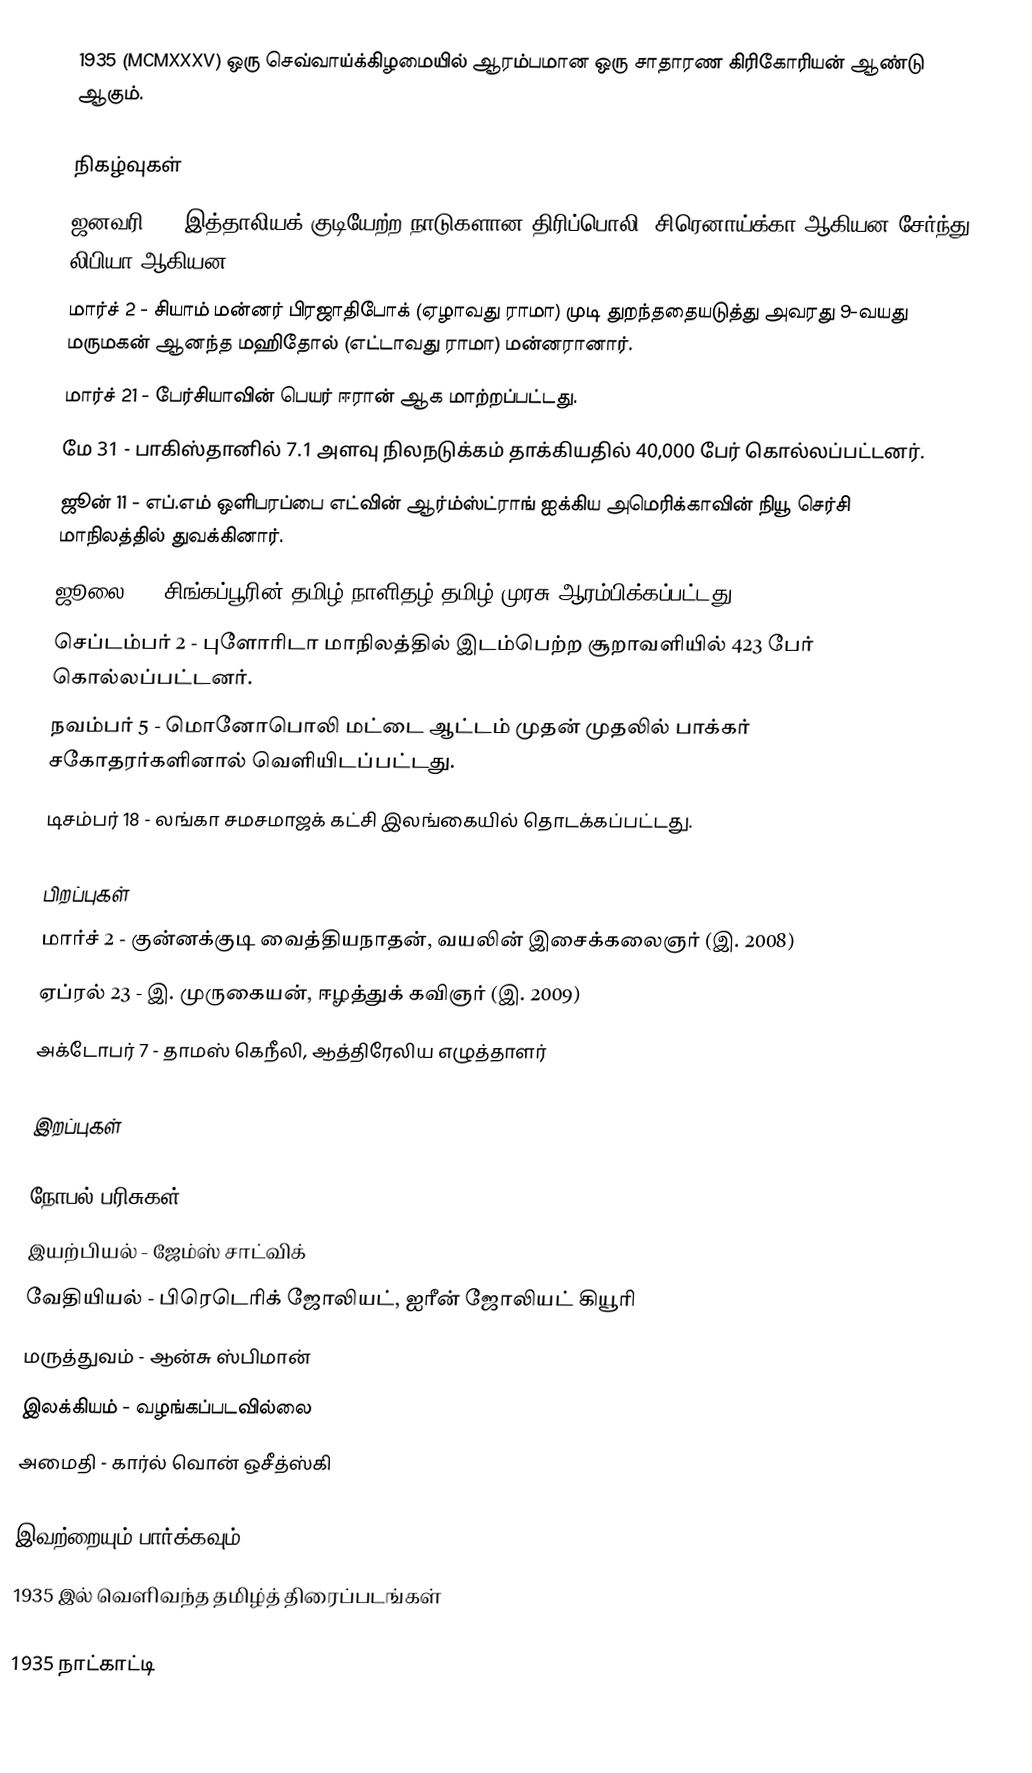
1935  (MCMXXXV) ஒரு செவ்வாய்க்கிழமையில் ஆரம்பமான ஒரு சாதாரண கிரிகோரியன் ஆண்டு ஆகும்.

நிகழ்வுகள்
 ஜனவரி 1 - இத்தாலியக் குடியேற்ற நாடுகளான திரிப்பொலி, சிரெனாய்க்கா ஆகியன சேர்ந்து லிபியா ஆகியன.
 மார்ச் 2 - சியாம் மன்னர் பிரஜாதிபோக் (ஏழாவது ராமா) முடி துறந்ததையடுத்து அவரது 9-வயது மருமகன் ஆனந்த மஹிதோல் (எட்டாவது ராமா) மன்னரானார்.
 மார்ச் 21 - பேர்சியாவின் பெயர் ஈரான் ஆக மாற்றப்பட்டது.
 மே 31 - பாகிஸ்தானில் 7.1 அளவு நிலநடுக்கம் தாக்கியதில் 40,000 பேர் கொல்லப்பட்டனர்.
 ஜூன் 11 - எப்.எம் ஒளிபரப்பை எட்வின் ஆர்ம்ஸ்ட்ராங் ஐக்கிய அமெரிக்காவின் நியூ செர்சி மாநிலத்தில் துவக்கினார்.
 ஜூலை 6 - சிங்கப்பூரின் தமிழ் நாளிதழ் தமிழ் முரசு ஆரம்பிக்கப்பட்டது.
 செப்டம்பர் 2 - புளோரிடா மாநிலத்தில் இடம்பெற்ற சூறாவளியில் 423 பேர் கொல்லப்பட்டனர்.
 நவம்பர் 5 - மொனோபொலி மட்டை ஆட்டம் முதன் முதலில் பாக்கர் சகோதரர்களினால் வெளியிடப்பட்டது.
 டிசம்பர் 18 - லங்கா சமசமாஜக் கட்சி இலங்கையில் தொடக்கப்பட்டது.

பிறப்புகள்
 மார்ச் 2 - குன்னக்குடி வைத்தியநாதன், வயலின் இசைக்கலைஞர் (இ. 2008)
 ஏப்ரல் 23 - இ. முருகையன், ஈழத்துக் கவிஞர் (இ. 2009)
 அக்டோபர் 7 - தாமஸ் கெநீலி, ஆத்திரேலிய எழுத்தாளர்

இறப்புகள்

நோபல் பரிசுகள்
 இயற்பியல் - ஜேம்ஸ் சாட்விக்
 வேதியியல் - பிரெடெரிக் ஜோலியட், ஐரீன் ஜோலியட் கியூரி
 மருத்துவம் - ஆன்சு ஸ்பிமான்
 இலக்கியம் - வழங்கப்படவில்லை
 அமைதி - கார்ல் வொன் ஒசீத்ஸ்கி

இவற்றையும் பார்க்கவும்
 1935 இல் வெளிவந்த தமிழ்த் திரைப்படங்கள்

1935 நாட்காட்டி